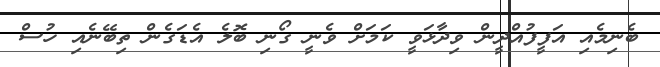
ބެނިމެއި އަފީފުއްދީން ވިދާޅަވީ ކަމަށް ވެނީ ގޯނި ބޮލެ އެޑަގެން ތިބޭނެއި ހުސް